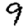
Digit: 9